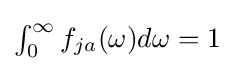
\textstyle {\int _{0}^{\infty }f_{ja}(\omega )d\omega =1}